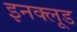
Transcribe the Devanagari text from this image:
इनक्लूड